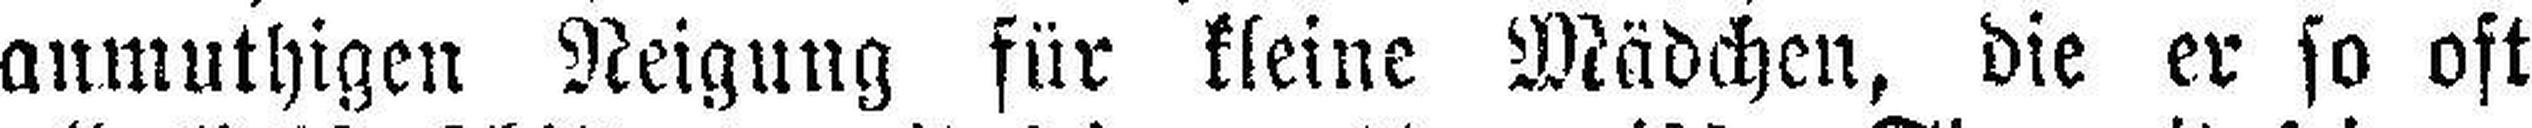
anmuthigen Neigung für kleine Mädchen, die er so oft